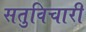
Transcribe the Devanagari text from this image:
सतुविचारी